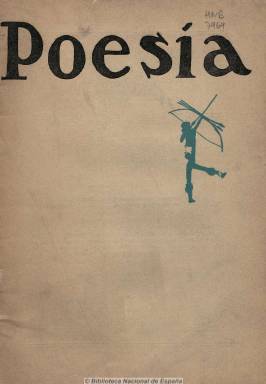
Título: Poesía (Buenos Aires)
Colección: Literatura
Ámbito geográfico: Argentina
Lugar de publicación: Buenos Aires
Fechas: 01/07/1933-31/07/1933

Subtitulada “revista internacional de poesía”, estuvo dirigida por el poeta y periodista argentino Pedro Juan Vignale, que editó en Buenos Aires hasta un total de cuatro volúmenes, desde junio a noviembre de 1933. La Biblioteca Nacional de España tiene el número 3, correspondiente a julio, que incluye artículos de crítica literaria de Jorge Luis Borges sobre T.S. Eliot, y de Arturo Marasso sobre Rubén Darío, acompañados de xilografías de Víctor Delhez. Otros autores de este número son Eduardo Keller Sarmiento y Amando Villar. Federico García Lorca publicó en el número doble 6-7, correspondiente a octubre-noviembre, que insertó xilografías de Luis Rebuffo.